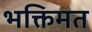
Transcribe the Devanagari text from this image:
भक्तिमत